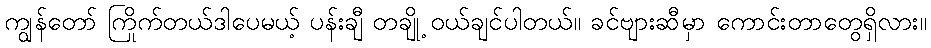
ကျွန်တော် ကြိုက်တယ်ဒါပေမယ့် ပန်းချီ တချို့ ဝယ်ချင်ပါတယ်။ ခင်ဗျားဆီမှာ ကောင်းတာတွေရှိလား။